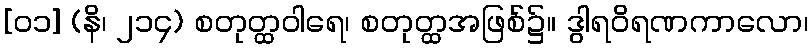
[၀၁] (နိ၊ ၂၁၄) စတုတ္ထဝါရေ၊ စတုတ္ထအဖြစ်၌။ ဒွါရဝိရဏကာလော၊